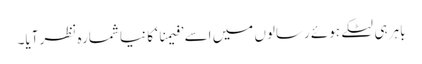
باہر ہی لٹکے ہوئے رسالوں میں اسے ’فیمنا ‘ کا نیا شمارہ نظر آیا۔